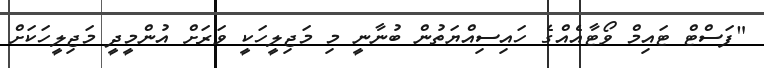
"ފަސްޓް ޓައިމް ވޯޓާއެއްގެ ހައިސިއްޔަތުން ބުނާނީ މި މަޖިލީހަކީ ވަރަށް އުންމީދީ މަޖިލީހަކަށް